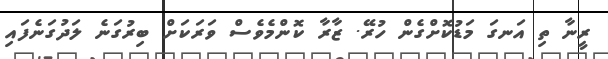
ރީނާ ތި އަނގަ މަޑުކޮށްގެން ހުރޭ. ޒާރާ ކޮންމެވެސް ވަރަކަށް ބިރުގަނެ ލަދުގަނެފައި